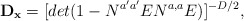
\begin{align*}{\bf D_x } = [det (1 - N^{a' a'} EN^{a, a} E)]^{-D/2} , \, \,\end{align*}